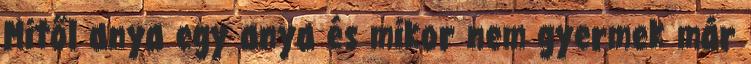
Mitől anya egy anya és mikor nem gyermek már